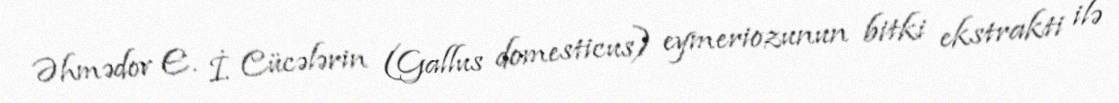
Əhmədov E. İ. Cücələrin (Gallus domesticus) eymeriozunun bitki ekstrakti ilə